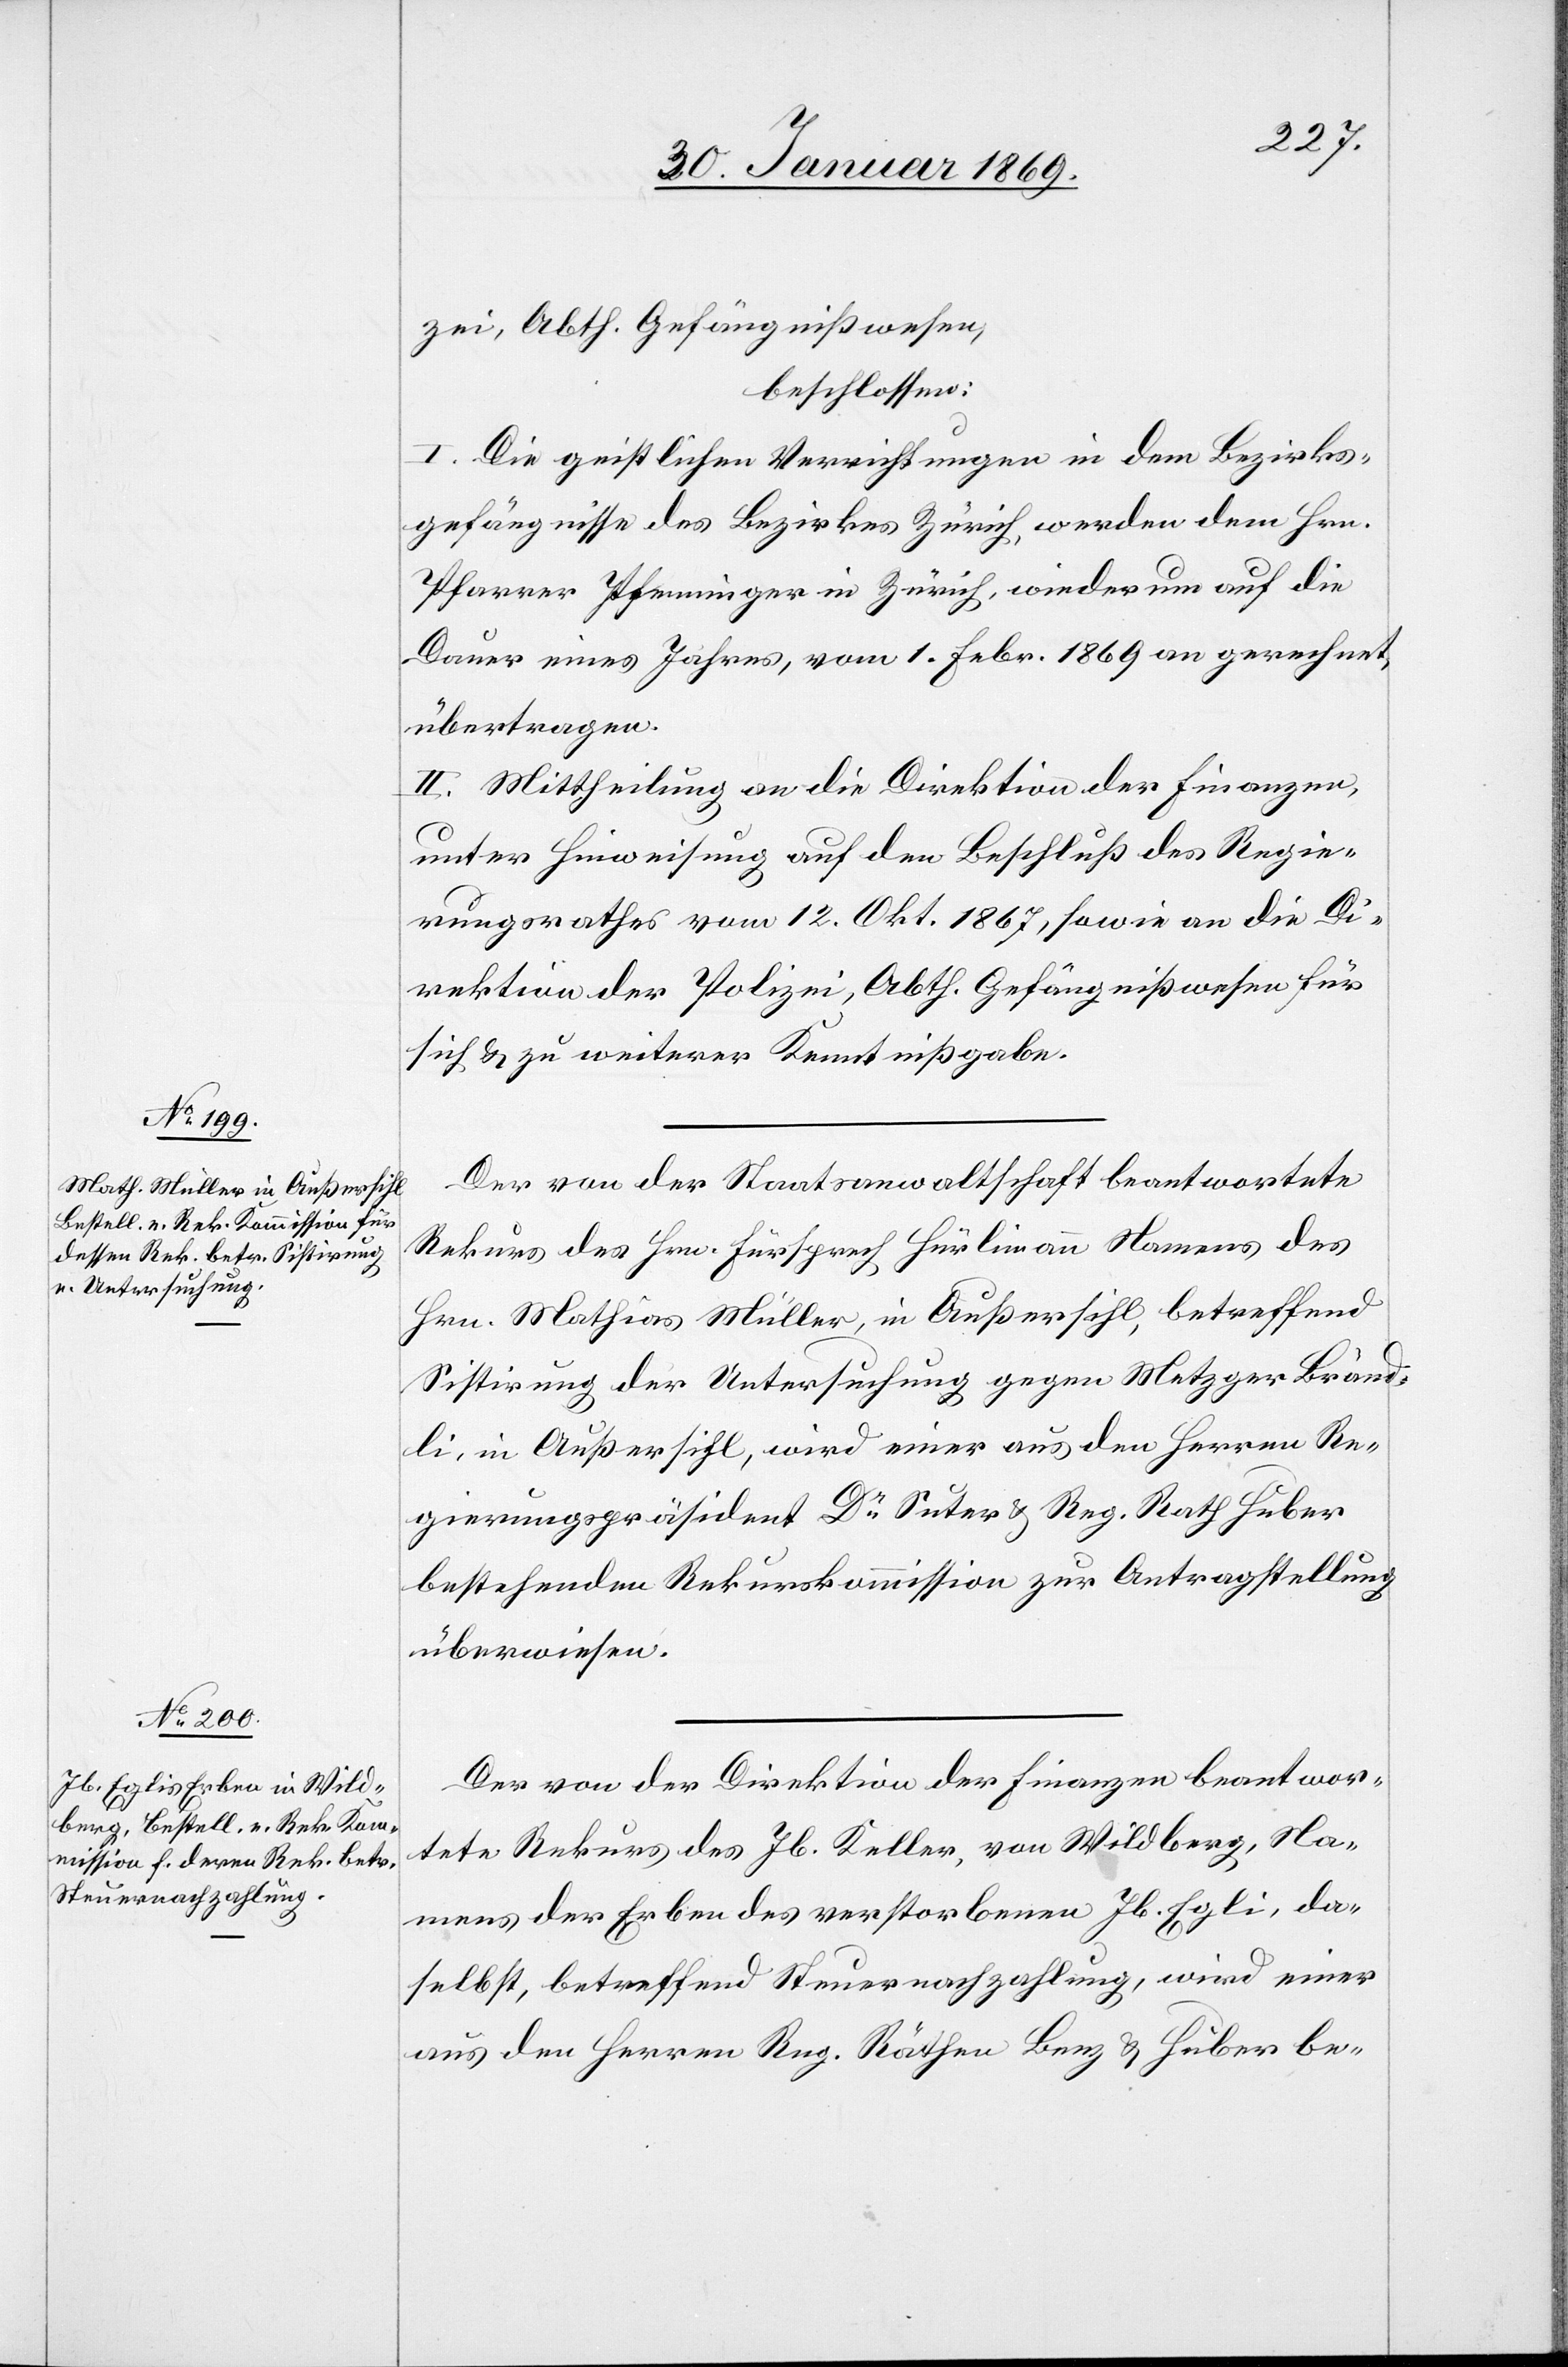
zei, Abth. Gefängnißwesen,
beschlossen:
I. Die geistlichen Verrichtungen in dem Bezirks¬
gefängnisse des Bezirkes Zürich, werden dem Hrn.
Pfarrer Pfenninger in Zürich, wiederum auf die
Dauer eines Jahres, vom 1 Febr. 1869 an gerechnet,
übertragen.
II. Mittheilung an die Direktion der Finanzen,
unter Hinweisung auf den Beschluß des Regie¬
rungsrathes vom 12 Okt. 1867, sowie an die Di¬
rektion der Polizei, Abth. Gefängnißwesen für
sich u. zu weiterer Kenntnißgabe.
Der von der Staatsanwaltschaft beantwortete
Rekurs des Hrn. Fürsprech Hürlimann Namens des
Hrn. Mathias Müller, in Außersihl, betreffend
Sistirung der Untersuchung gegen Metzger Bränd¬
li, in Außersihl, wird einer aus den Herren Re¬
gierungspräsident Dr Suter u. Reg. Rath Huber
bestehenden Rekurskommission zur Antragstellung
überwiesen.
Der von der Direktion der Finanzen beantwor¬
tete Rekurs des Jb. Keller, von Wildberg, Na¬
mens der Erben des verstorbenen Jb. Egli, da¬
selbst, betreffend Steuernachzahlung, wird einer
aus den Herren Reg. Räthen Benz u. Huber be-